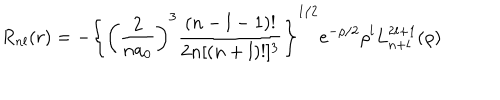
R _ { n l } ( r ) = - \left\{ \left( \frac { 2 } { n a _ { 0 } } \right) ^ { 3 } \frac { ( n - l - 1 ) ! } { 2 n [ ( n + l ) ! ] ^ { 3 } } \right\} ^ { 1 / 2 } e ^ { - \rho / 2 } \rho ^ { l } L _ { n + l } ^ { 2 l + 1 } ( \rho )